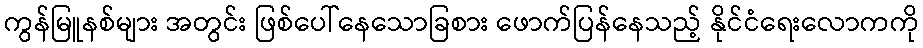
ကွန်မြူနစ်များ အတွင်း ဖြစ်ပေါ်နေသောခြစား ဖောက်ပြန်နေသည့် နိုင်ငံရေးလောကကို